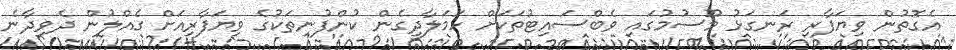
އެގޮތުން ވިޔަފާރި ރަނގަޅު މޫސުމުގައި ވެބްސައިޓުތަކަށް ހަމަލާދީގެން ކުންފުނިތަކުގެ ވިޔަފާރިއަށް ގެއްލުން ދެވިދާނެ